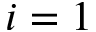
i = 1